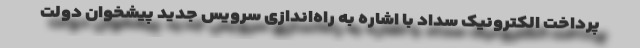
پرداخت الکترونیک سداد با اشاره به راه‌اندازی سرویس جدید پیشخوان دولت